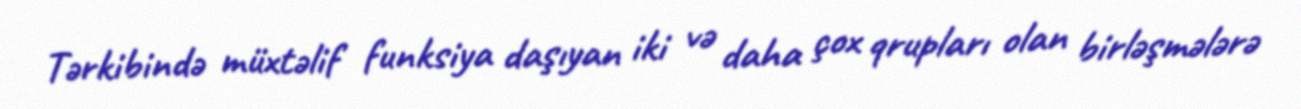
Tərkibində müxtəlif funksiya daşıyan iki və daha çox qrupları olan birləşmələrə